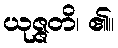
ယုဇ္ဇတိ၊ ၏။